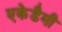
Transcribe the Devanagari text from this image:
एकेडैमी